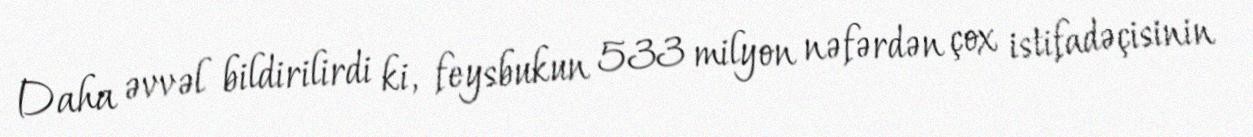
Daha əvvəl bildirilirdi ki, feysbukun 533 milyon nəfərdən çox istifadəçisinin